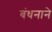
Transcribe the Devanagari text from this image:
बंधनाने